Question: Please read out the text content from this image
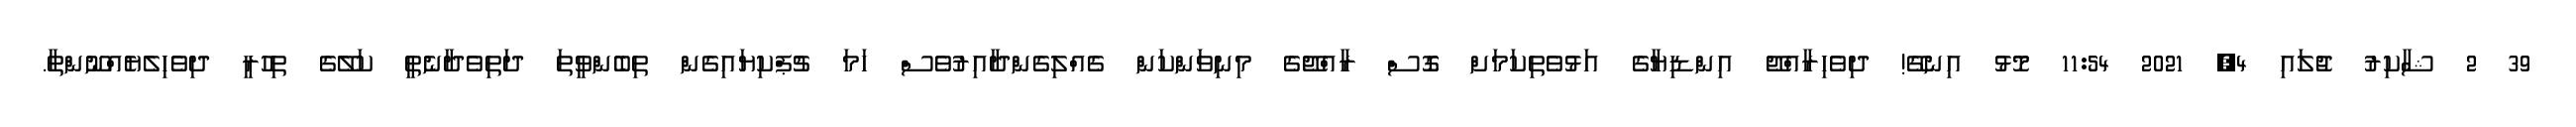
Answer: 39 2 ޝާކިރު ޖުލައި 4, 2021 11:54 މޮޅު އިނގޭ! ދިވެހިރާއްޖޭ އިންޑިޔާގެ އަޅުވެތިކަމަށް ގޮސް ރާއްޖޭގެ މިނިވަންކަން ގެއްލިގެންދާއިރުވެސް ހަމަ ޗުޕްކިޔައިގެން ތިބެންވީތަ ދަތިވެދާނެތީ ކަލޭގެ ތިހުރީ ދިވެހިލެޔެއްނޫންތާ.